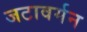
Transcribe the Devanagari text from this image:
जटावर्मन